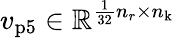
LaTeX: v_{\mathrm{p5}}\in\mathbb{R}^{\frac{1}{32}n_{r}\times n_{\mathrm{k}}}